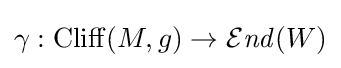
\gamma :\mathrm {Cliff} (M,g)\to {\mathcal {E}}{\mathit {nd}}(W)